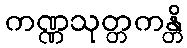
ကဏ္ဏသုတ္တကန္တိ